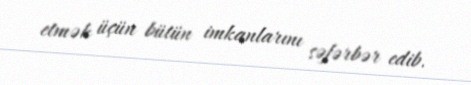
etmək üçün bütün imkanlarını səfərbər edib.